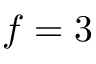
f = 3